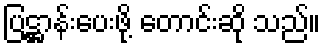
ပြဋ္ဌာန်းပေးဖို့ တောင်းဆို သည်။